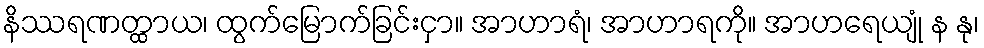
နိဿရဏတ္ထာယ၊ ထွက်မြောက်ခြင်းငှာ။ အာဟာရံ၊ အာဟာရကို။ အာဟရေယျုံ န နု၊